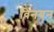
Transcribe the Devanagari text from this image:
विनयन